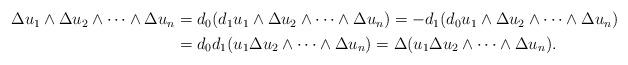
LaTeX: \begin{align*}\begin{aligned}\Delta u_1\wedge\Delta u_2\wedge \dots\wedge\Delta u_n&=d_0(d_1u_1\wedge\Delta u_2\wedge \dots\wedge\Delta u_n)=-d_1(d_0u_1\wedge\Delta u_2\wedge \dots\wedge\Delta u_n)\\&=d_0d_1(u_1\Delta u_2\wedge \dots\wedge\Delta u_n)=\Delta(u_1\Delta u_2\wedge \dots\wedge\Delta u_n).\end{aligned}\end{align*}